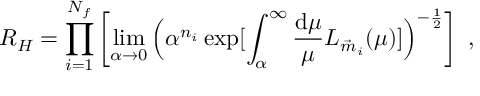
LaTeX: R _ { H } = \prod _ { i = 1 } ^ { N _ { f } } \left[ \operatorname * { l i m } _ { \alpha \rightarrow 0 } \Big ( \alpha ^ { n _ { i } } \exp [ \int _ { \alpha } ^ { \infty } \frac { \mathrm { d } \mu } { \mu } { \cal L } _ { \vec { m } _ { i } } ( \mu ) ] \Big ) ^ { - \frac { 1 } { 2 } } \right] \ ,